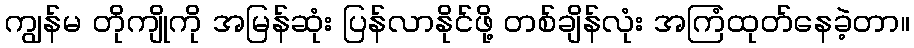
ကျွန်မ တိုကျိုကို အမြန်ဆုံး ပြန်လာနိုင်ဖို့ တစ်ချိန်လုံး အကြံထုတ်နေခဲ့တာ။